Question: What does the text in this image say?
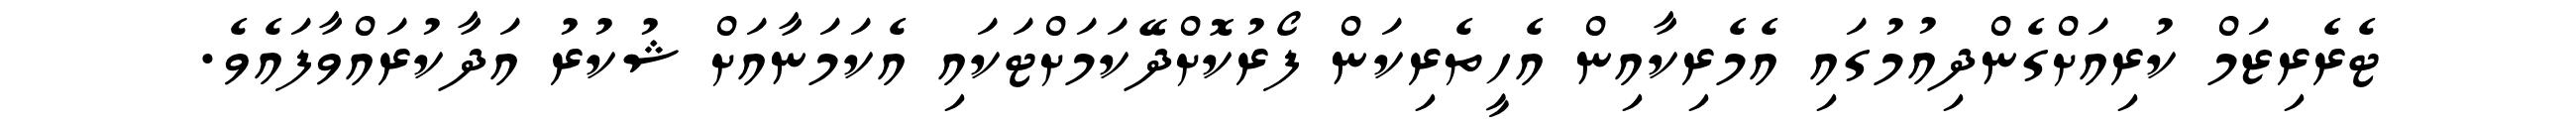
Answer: ޓެރެރިޒަމް ކުރިއަށްގެންދިއުމުގައި އެމެރިކާއިން އެހީތެރިކަން ފޯރުކޮށްދޭކަމަށްޓަކައި އެކަމަނާއަށް ޝުކުރު އަދާކުރައްވާފައެވެ.